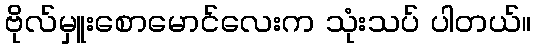
ဗိုလ်မှူးစောမောင်လေးက သုံးသပ် ပါတယ်။